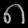
Digit: ၈